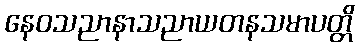
နေဝသညာနာသညာယတနသမာပတ္တိ